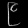
Digit: ၉